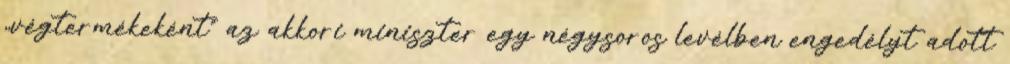
„végtermékeként” az akkori miniszter egy négysoros levélben engedélyt adott